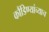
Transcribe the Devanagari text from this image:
कौंडिण्यांच्याच